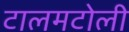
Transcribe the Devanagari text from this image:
टालमटोली